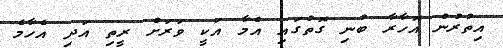
އިތުރުން އޮހާރާ ބުނި ގޮތުގައި އެމާ އަކީ ވަރަށް ރީތި އަދި އެހާމެ